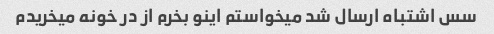
سس اشتباه ارسال شد میخواستم اینو بخرم از در خونه میخریدم